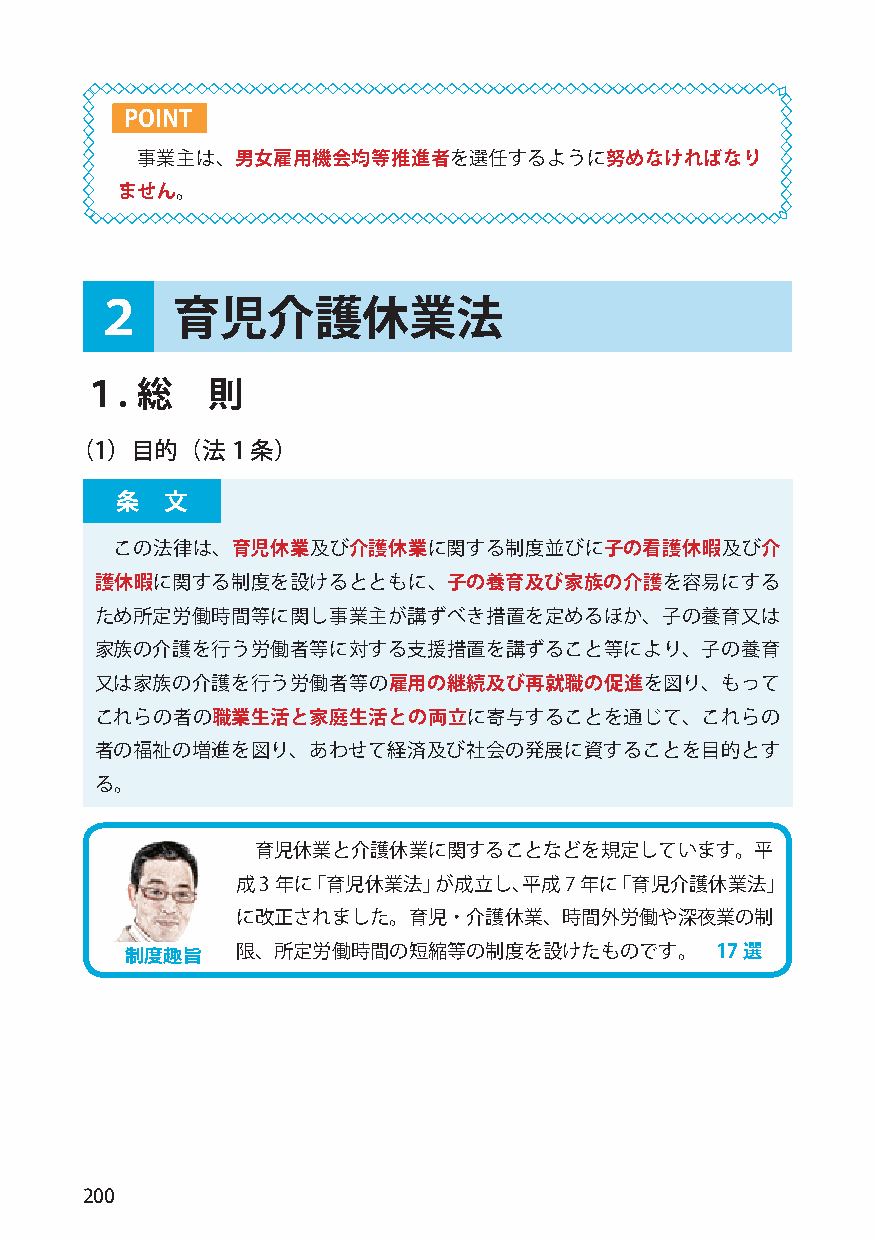
POINT
 事業主は、男女雇用機会均等推進者を選任するように努めなければなり
 ません。
 ２    育児介護休業法
 １.  総    則
 （1）目的（法1    条）
 条  文
 この法律は、育児休業及び介護休業に関する制度並びに子の看護休暇及び介
 護休暇に関する制度を設けるとともに、子の養育及び家族の介護を容易にする
 ため所定労働時間等に関し事業主が講ずべき措置を定めるほか、子の養育又は
 家族の介護を行う労働者等に対する支援措置を講ずること等により、子の養育
 又は家族の介護を行う労働者等の雇用の継続及び再就職の促進を図り、もって
 これらの者の職業生活と家庭生活との両立に寄与することを通じて、これらの
 者の福祉の増進を図り、あわせて経済及び社会の発展に資することを目的とす
 る。
 育児休業と介護休業に関することなどを規定しています。平
 成3 年に「育児休業法」が成立し、平成7  年に「育児介護休業法」
 に改正されました。育児・介護休業、時間外労働や深夜業の制
 制度趣旨    限、所定労働時間の短縮等の制度を設けたものです。       17選
 200